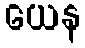
ယေန